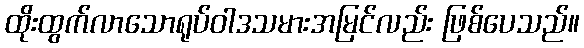
ထိုးထွက်လာသောရုပ်ဝါဒသမားအမြင်လည်း ဖြစ်ပေသည်။